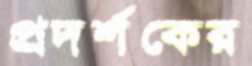
প্রদর্শকের